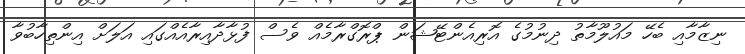
ނިޒާމާއި ބެހޭ މައުލޫމާތު ދިނުމުގެ އޮރިއެންޓޭޝަން ޕްރޮގްރާމެއް ވެސް ފުޅާދާއިރާއެއްގައި އަލަށް އިންތިހާބުވާ